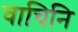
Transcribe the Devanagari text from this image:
वाचिनि